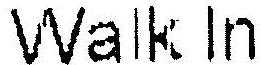
WALK IN